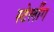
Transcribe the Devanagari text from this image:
स्टेलींग